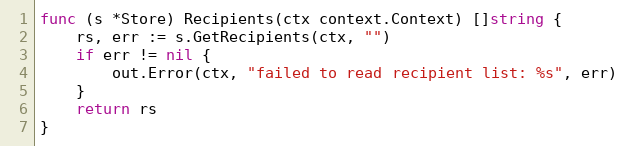
Language: Go
func (s *Store) Recipients(ctx context.Context) []string {
	rs, err := s.GetRecipients(ctx, "")
	if err != nil {
		out.Error(ctx, "failed to read recipient list: %s", err)
	}
	return rs
}